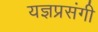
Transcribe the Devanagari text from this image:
यज्ञप्रसंगी